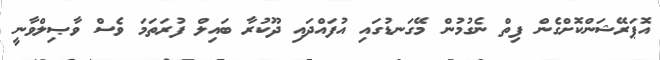
އޮޕަރޭޝަންކޮށްގެން ފިތް ނެގުމުން މޭގަނޑުގައި އުފައްދައި ދޫކުރާ ބައިލް ފުރަތަމަ ވެސް ވާޞިލްވާނީ